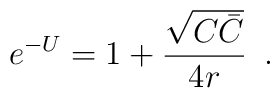
e^{-U}=1+{\sqrt{C\bar C}\over 4 r}\,  \ .